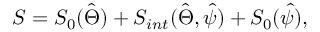
S = S _ { 0 } ( \hat { \Theta } ) + S _ { i n t } ( \hat { \Theta } , \hat { \psi } ) + S _ { 0 } ( \hat { \psi } ) ,